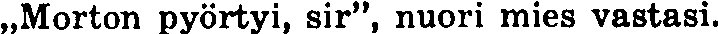
,,Morton pyörtyi, sir'', nuori mies vastasi.